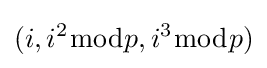
(i,i^{2}{\bmod {p}},i^{3}{\bmod {p}})